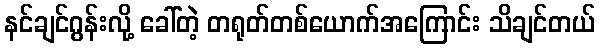
နင်ချင်ဂွန်းလို့ ခေါ်တဲ့ တရုတ်တစ်ယောက်အကြောင်း သိချင်တယ်